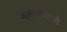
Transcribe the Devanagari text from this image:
आकाक्षाओं